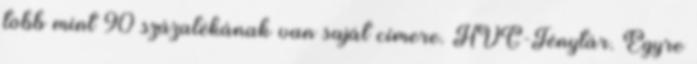
több mint 90 százalékának van saját címere. HVG-Ténytár. Egyre